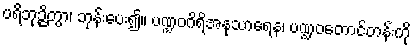
ပရိဘုဉ္ဇိတွာ၊ ဘုန်းပေး၍။ ပဏ္ဍဝဂိရိအနုသာရေန၊ ပဏ္ဍဝတောင်တန်းကို